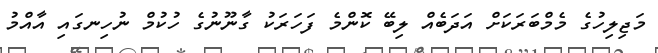
މަޖިލިހުގެ މެމްބަރަކަށް އަދަބެއް ލިބޭ ކޮންމެ ފަހަރަކު ގާނޫނުގެ ހުކުމް ނުހިނގައި އާއްމު